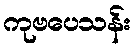
ကုဗပေသန်း